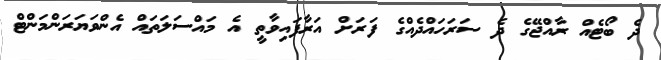
ދެ ބޯޓެއް ރާއްޖޭގެ ދެ ސަރަހައްދެއްގެ ފަރަށް އަރާފައިވާތީ އެ މައްސަލަތައް އެންވަޔަރަންމަންޓް